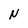
Character: N